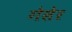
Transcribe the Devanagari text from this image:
गेसेर